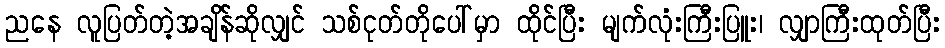
ညနေ လူပြတ်တဲ့အချိန်ဆိုလျှင် သစ်ငုတ်တိုပေါ်မှာ ထိုင်ပြီး မျက်လုံးကြီးပြူး၊ လျှာကြီးထုတ်ပြီး